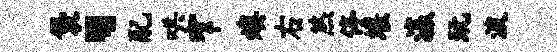
袋、配哄窄燠右煞停堰瀛玩波